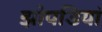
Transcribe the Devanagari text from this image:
झोपडियां